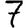
Digit: 7